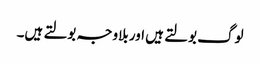
لوگ بولتے ہیں اور بلاوجہ بولتے ہیں۔